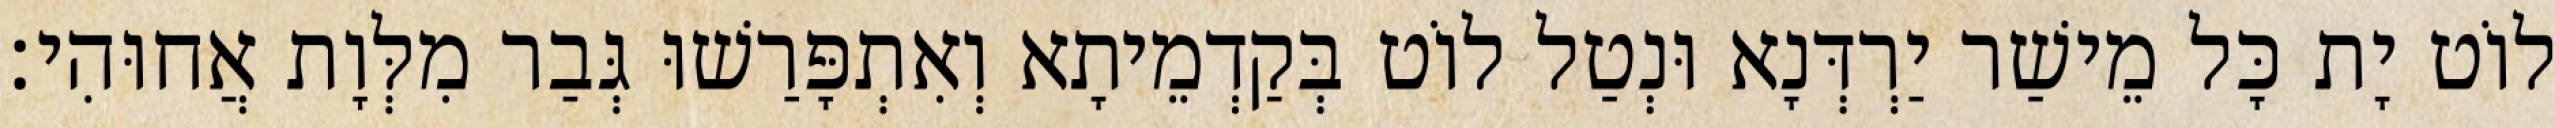
לוֹט יָת כָּל מֵישַׁר יַרְדְּנָא וּנְטַל לוֹט בְּקַדְמֵיתָא וְאִתְפָּרַשׁוּ גְּבַר מִלְּוָת אֲחוּהִי׃